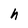
Character: h